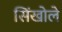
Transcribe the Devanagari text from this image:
सिंखोले